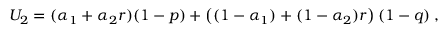
U _ { 2 } = ( \alpha _ { 1 } + \alpha _ { 2 } r ) ( 1 - p ) + \left( ( 1 - \alpha _ { 1 } ) + ( 1 - \alpha _ { 2 } ) r \right) ( 1 - q ) \; ,